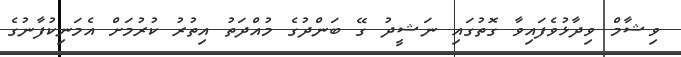
ވިޝާމް ވިދާޅުވެފައިވާ ގޮތުގައި ނަޝީދު ގޭ ބަންދުގެ މުއްދަތު އިތުރު ކުރުމަށް އެމަނިކުފާނުގެ